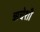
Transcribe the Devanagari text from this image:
ऋचेशी